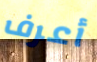
أعرف